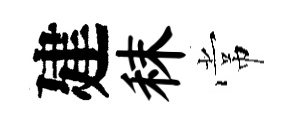
建秣常